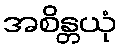
အစိန္တယုံ